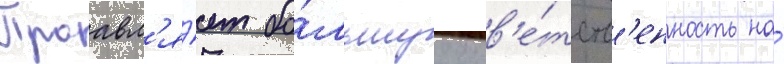
Проавл'я́ет бо́льшуу отв'е́тств'енность на́